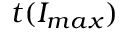
t ( I _ { m a x } )